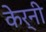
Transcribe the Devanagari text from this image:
केर्नी